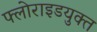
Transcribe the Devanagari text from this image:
फ्लोराइडयुक्त